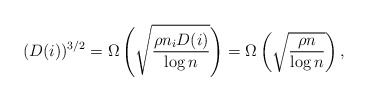
\begin{align*} (D(i))^{3/2} = \Omega\left(\sqrt{\frac{\rho n_i D(i)}{\log n}}\right) = \Omega\left(\sqrt{\frac{\rho n}{\log n}}\right), \end{align*}